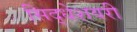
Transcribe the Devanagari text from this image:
सिद्धेशवरी